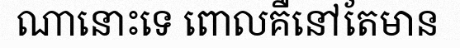
ណានោះទេ ពោលគឺនៅតែមាន